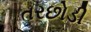
તરછોડી